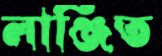
লাঞ্জিত